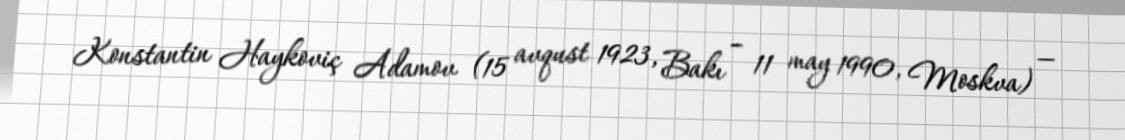
Konstantin Haykoviç Adamov (15 avqust 1923, Bakı – 11 may 1990, Moskva) —